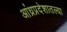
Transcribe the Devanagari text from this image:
आंध्रप्रदेशातल्या